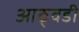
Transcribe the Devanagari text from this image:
आठ्वडी